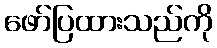
ဖော်ပြထားသည်ကို